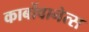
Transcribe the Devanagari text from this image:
कार्बोवानेत्स